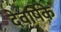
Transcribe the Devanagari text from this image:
देवर्षिके